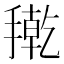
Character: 𭢇